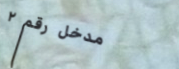
مدخل رقم ٢